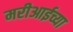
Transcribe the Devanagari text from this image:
मरीआईच्या